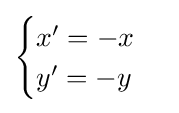
{\begin{cases}x'=-x\\y'=-y\end{cases}}